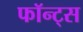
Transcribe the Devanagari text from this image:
फॉन्‍ट्स